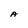
Character: A